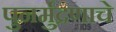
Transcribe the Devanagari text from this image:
पुनर्मुद्रणाचे